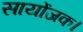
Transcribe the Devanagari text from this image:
सायोंजक।